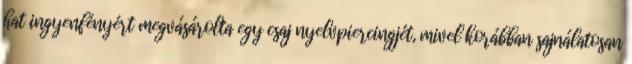
hat ingyenfényért megvásárolta egy csaj nyelvpiercingjét, mivel korábban sajnálatosan